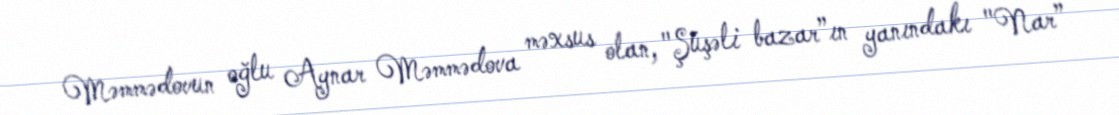
Məmmədovun oğlu Aynar Məmmədova məxsus olan, "Şüşəli bazar”ın yanındakı "Nar”